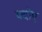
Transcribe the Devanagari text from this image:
क्दोए